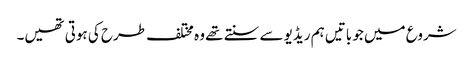
شروع میں جو باتیں ہم ریڈیو سے سنتے تھے وہ مختلف طرح کی ہوتی تھیں۔